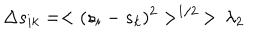
\Delta s _ { i k } = < ( s _ { i } - s _ { k } ) ^ { 2 } > ^ { 1 / 2 } \, > \, \lambda _ { 2 }